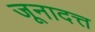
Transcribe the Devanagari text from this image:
जूनादत्त